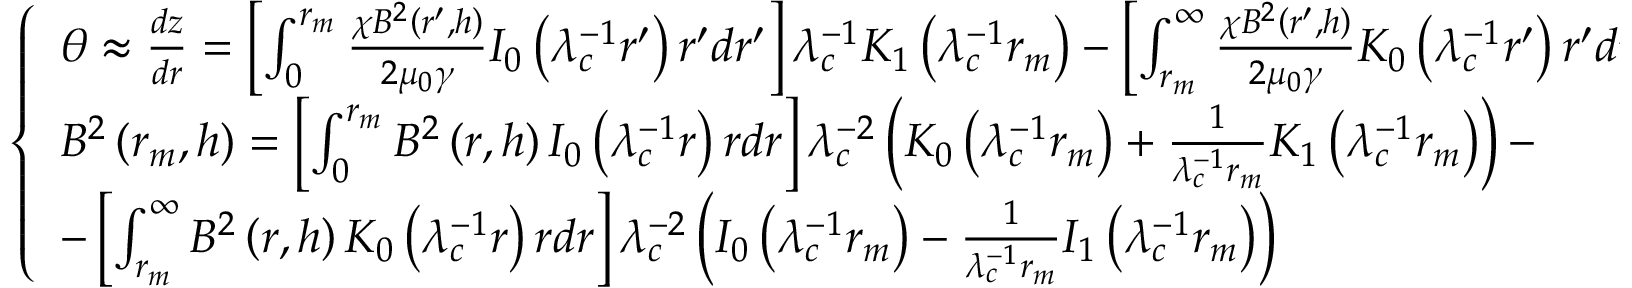
\left\{ \begin{array} { l l } { \theta \approx \frac { d z } { d r } = \left[ \int _ { 0 } ^ { r _ { m } } \frac { \chi B ^ { 2 } \left( r ^ { \prime } , h \right) } { 2 \mu _ { 0 } \gamma } I _ { 0 } \left( \lambda _ { c } ^ { - 1 } r ^ { \prime } \right) r ^ { \prime } d r ^ { \prime } \right] \lambda _ { c } ^ { - 1 } K _ { 1 } \left( \lambda _ { c } ^ { - 1 } r _ { m } \right) - \left[ \int _ { r _ { m } } ^ { \infty } \frac { \chi B ^ { 2 } \left( r ^ { \prime } , h \right) } { 2 \mu _ { 0 } \gamma } K _ { 0 } \left( \lambda _ { c } ^ { - 1 } r ^ { \prime } \right) r ^ { \prime } d r ^ { \prime } \right] \lambda _ { c } ^ { - 1 } I _ { 1 } \left( \lambda _ { c } ^ { - 1 } r _ { m } \right) } \\ { B ^ { 2 } \left( r _ { m } , h \right) = \left[ \int _ { 0 } ^ { r _ { m } } B ^ { 2 } \left( r , h \right) I _ { 0 } \left( \lambda _ { c } ^ { - 1 } r \right) r d r \right] \lambda _ { c } ^ { - 2 } \left( K _ { 0 } \left( \lambda _ { c } ^ { - 1 } r _ { m } \right) + \frac { 1 } { \lambda _ { c } ^ { - 1 } r _ { m } } K _ { 1 } \left( \lambda _ { c } ^ { - 1 } r _ { m } \right) \right) - } \\ { - \left[ \int _ { r _ { m } } ^ { \infty } B ^ { 2 } \left( r , h \right) K _ { 0 } \left( \lambda _ { c } ^ { - 1 } r \right) r d r \right] \lambda _ { c } ^ { - 2 } \left( I _ { 0 } \left( \lambda _ { c } ^ { - 1 } r _ { m } \right) - \frac { 1 } { \lambda _ { c } ^ { - 1 } r _ { m } } I _ { 1 } \left( \lambda _ { c } ^ { - 1 } r _ { m } \right) \right) } \end{array} \right.